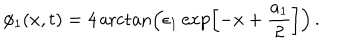
LaTeX: \phi _ { 1 } ( x , t ) = 4 \operatorname { a r c t a n } \left( \epsilon _ { 1 } \exp \left[ - x + \frac { a _ { 1 } } { 2 } \right] \right) \, .